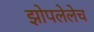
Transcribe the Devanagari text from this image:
झोपलेलेच